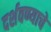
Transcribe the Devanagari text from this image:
दर्शवण्याचे